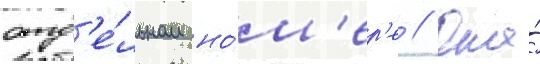
отд'е́льном но́м'ер'е // Она́